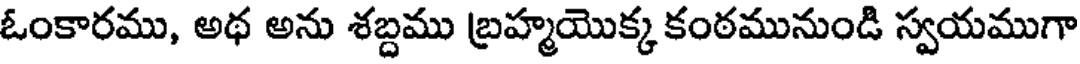
ఓంకారము, అథ అను శబ్దము బ్రహ్మయొక్క కంఠమునుండి స్వయముగా